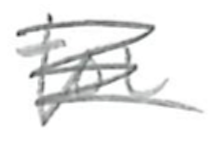
Text: for
Cross-out: mix
Writing tool: pencil